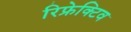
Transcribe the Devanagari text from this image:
रिफ्रेक्टिव